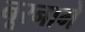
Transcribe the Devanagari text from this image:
नूरनामे